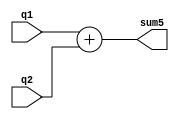
`timescale 1ns / 1ps
//////////////////////////////////////////////////////////////////////////////////
// Company: 
// Engineer: 
// 
// Design Name: 
// Module Name: add_RN
// Project Name: 
// Target Devices: 
// Tool Versions: 
// Description: 
// 
// Dependencies: 
// 
// Revision:
// Revision 0.01 - File Created
// Additional Comments:
// 
//////////////////////////////////////////////////////////////////////////////////


module add_RN(
  input [0:7] q1, // Input q1
  input [0:2] q2, // Input q2
  output [0:7] sum5 // Output sum5
);
 assign sum5 = q1+q2;
 endmodule